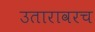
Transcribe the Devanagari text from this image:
उतारावरच